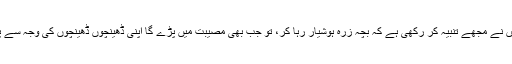
پیر سائیں نے مجھے تنبیہ کر رکھی ہے کہ بچہ زرہ ہوشیار رہا کر، تو جب بھی مصیبت میں پڑے گا اپنی ڈھینچوں ڈھینچوں کی وجہ سے پڑے گا۔